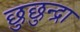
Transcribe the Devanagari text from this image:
छुछुन्द्रा